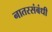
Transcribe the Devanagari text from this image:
नातरसंबंधी